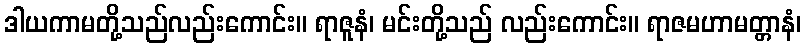
ဒါယကာမတို့သည်လည်းကောင်း။ ရာဇူနံ၊ မင်းတို့သည် လည်းကောင်း။ ရာဇမဟာမတ္တာနံ၊